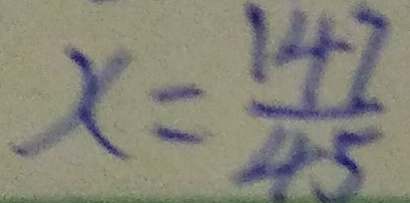
x = \frac { 1 4 7 } { 4 5 }